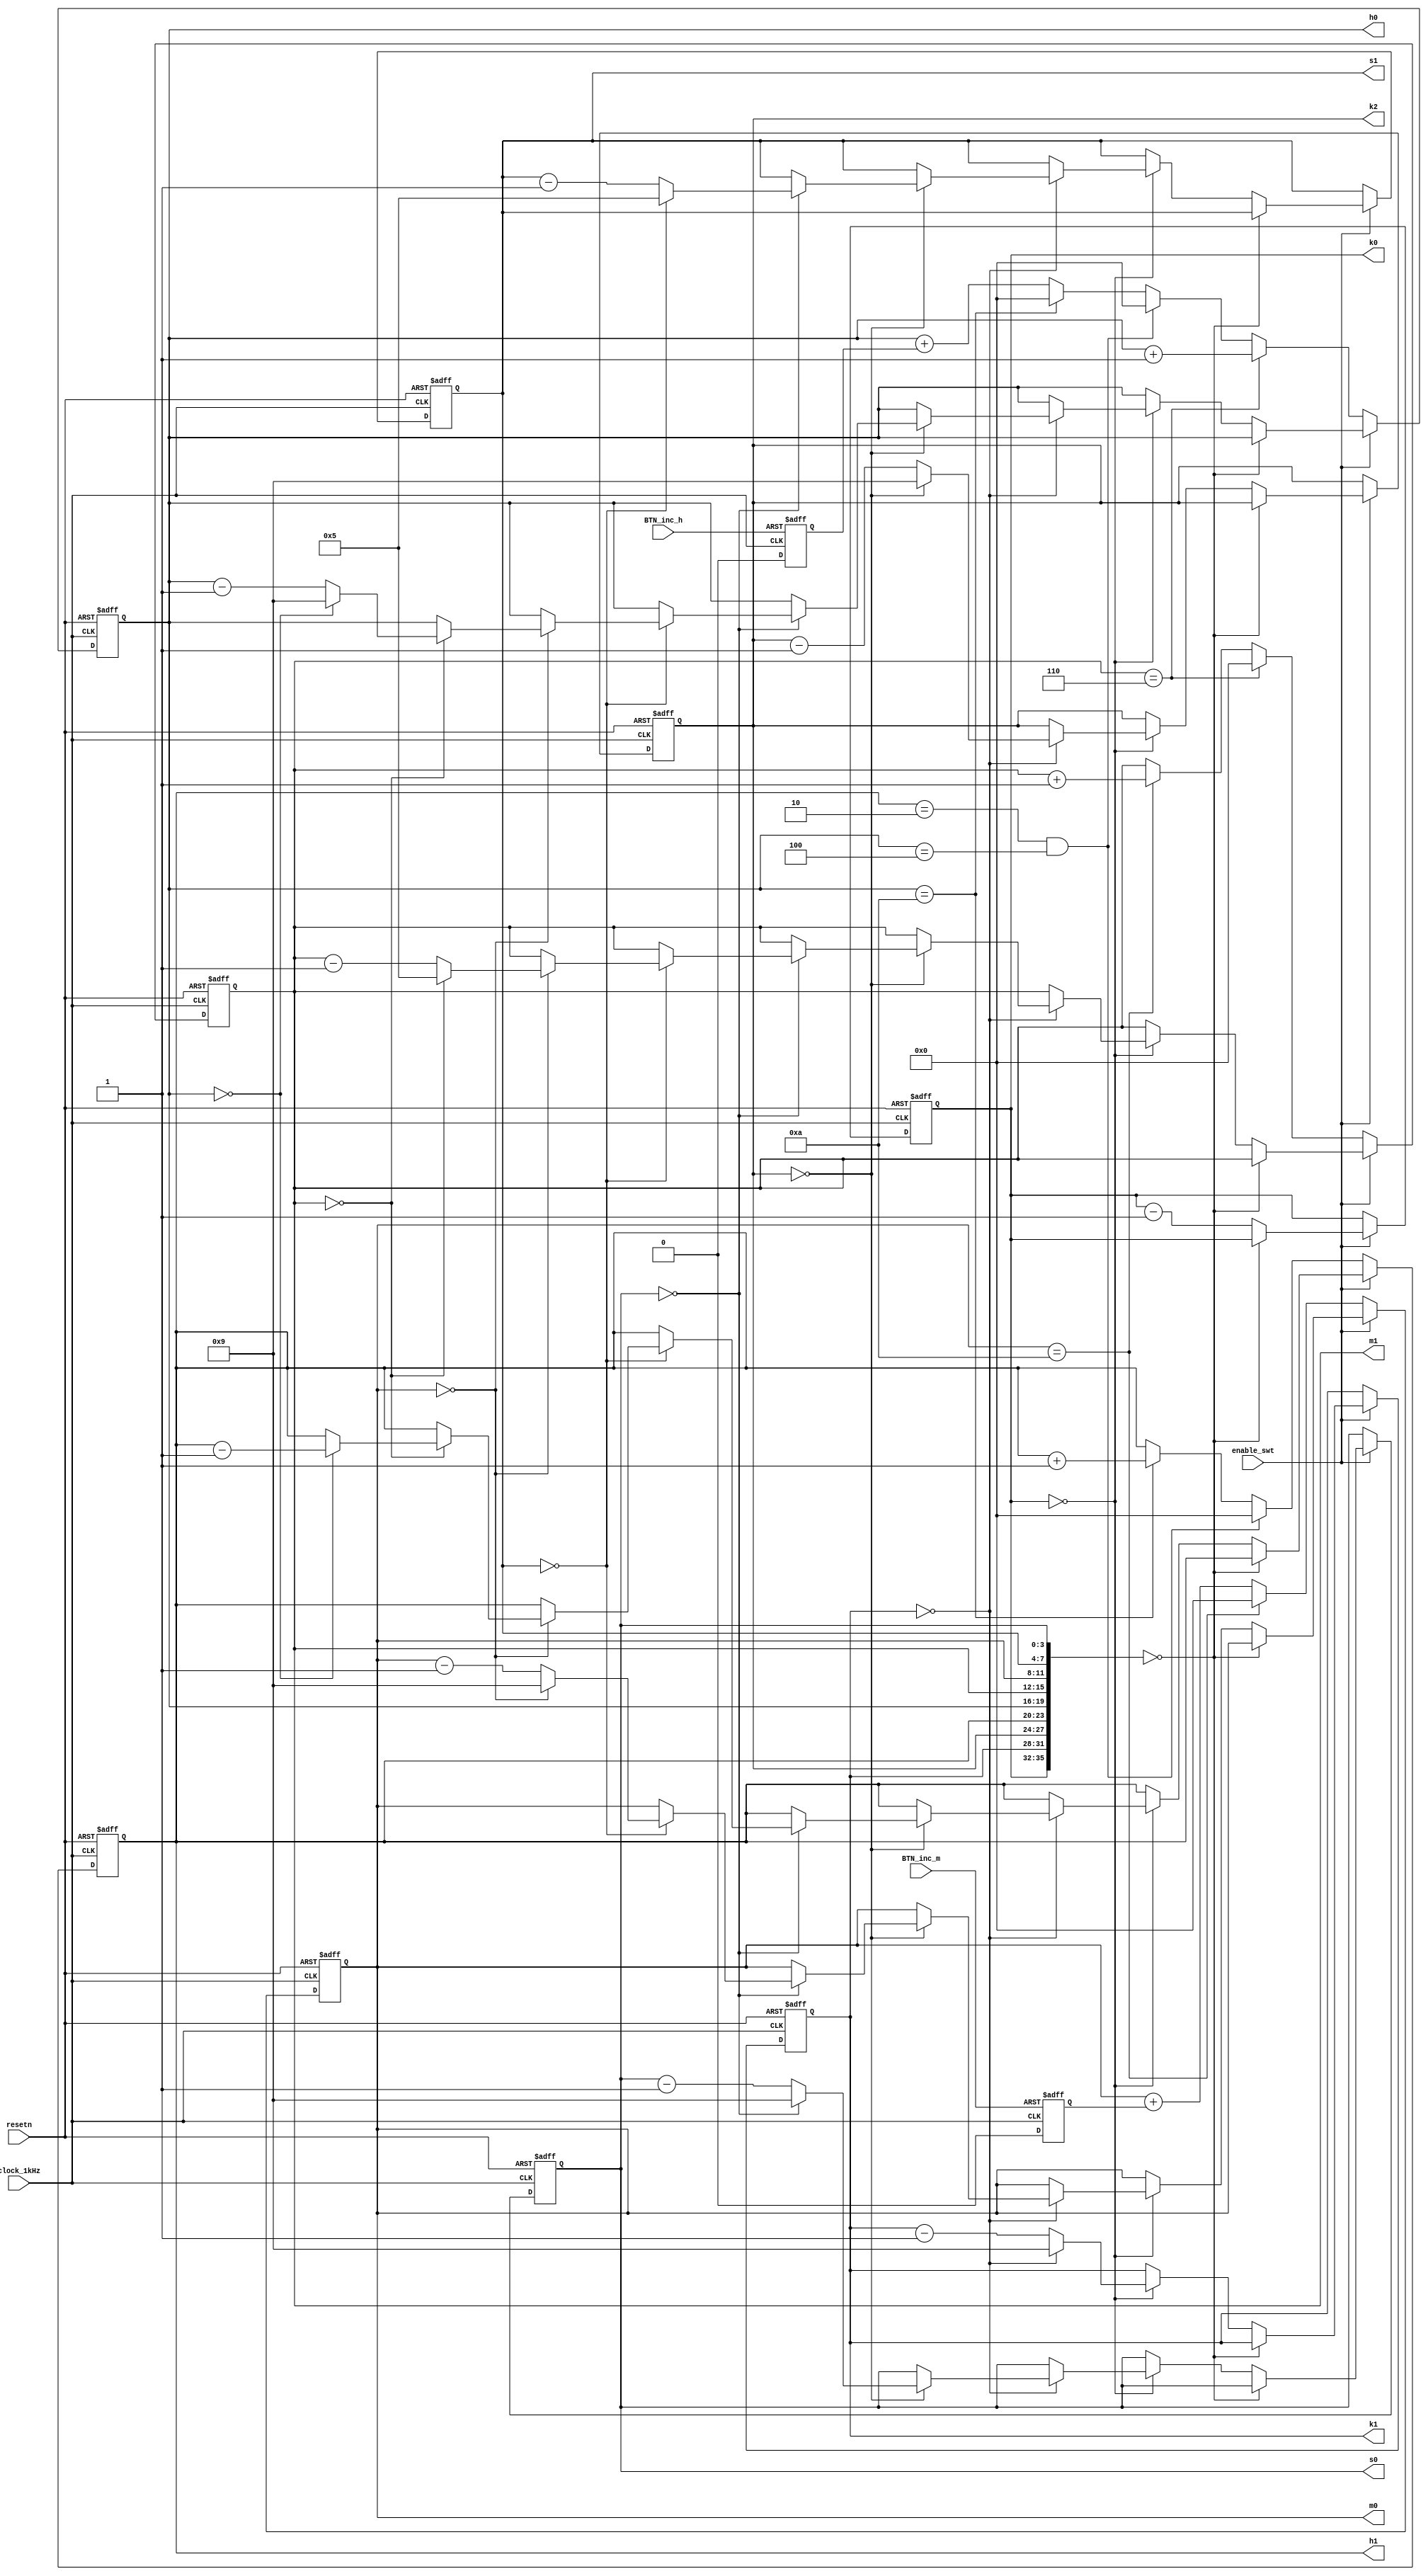
`timescale 1ns / 1ps
//////////////////////////////////////////////////////////////////////////////////
// Company: 
// Engineer: 
// 
// Design Name: 
// Module Name: timer
// Project Name: 
// Target Devices: 
// Tool Versions: 
// Description: 
// 
// Dependencies: 
// 
// Revision:
// Revision 0.01 - File Created
// Additional Comments:
// 
//////////////////////////////////////////////////////////////////////////////////


module timer(
    input enable_swt,
    input clock_1kHz,
    input resetn,
    
    input BTN_inc_h,
    input BTN_inc_m,
    
    output reg [3:0] s0,
    output reg [3:0] s1,
    output reg [3:0] m0,
    output reg [3:0] m1,
    output reg [3:0] h0,
    output reg [3:0] h1,
    output reg [3:0] k2,
    output reg [3:0] k1,
    output reg [3:0] k0
    );
    
    parameter FIVE = 4'b0110;
    parameter NINE = 4'b1010;
    parameter TWO = 4'b0011;
    parameter ONE = 4'b0010;
    parameter FOUR = 4'b0101;
    
    reg inc_h, inc_m;
    
    initial begin
        s1 = 0; s0 = 0;
        m1 = 0; m0 = 0;
        h1 = 0 ; h0 = 0;
    end
    
    always@(posedge BTN_inc_h or posedge clock_1kHz)begin
        if(BTN_inc_h)begin
            inc_h <= 1;
        end else begin
            inc_h <= 0;
        end
    end
    
    always@(posedge BTN_inc_m or posedge clock_1kHz)begin
        if(BTN_inc_m)begin
            inc_m <= 1;
        end else begin
            inc_m <= 0;
        end
    end
    
    
    always @ (posedge clock_1kHz or negedge resetn)begin
        if(!resetn) begin
            s1 <= 0; s0 <= 0;
            m1 <= 0; m0 <= 0;
            h1 <= 0; h0 <= 0;
            k0 <= 0; k1 <= 0; k2 <= 0;
        end else if(!enable_swt)begin
            h0 <= h0 + inc_h;
            if(h0 == NINE)begin
                h0 <= 0;
                h1 <= h1 + 1;
            end
            if(h1 == ONE && h0 == 4'b0100)begin
                h1 <= 0;
                h0 <= 0;
            end
            
            m0 <= m0 + inc_m;
            if(m0 == NINE)begin
                m0 <= 0;
                m1 <= m1 + 1;
            end
            if(m1 == FIVE)begin
                m1 <= 0;
                h0 <= h0 + 1;
            end
        end else if(enable_swt) begin
            if({k0, k1, k2, h1, h0, m1, m0, s1, s0} == 0) begin
                k0 <= k0;
            end else begin
                if(!k0)begin
                    k0 <= 4'b1001;
                    k1 <= k1 - 1;
                    if(!k1)begin
                        k1 <= 4'b1001;
                        k2 <= k2 - 1;
                        if(!k2)begin
                            k2 <= 4'b1001;
                            s0 <= s0 - 1;
                            if(!s0)begin
                                s0 <= 4'b1001;
                                s1 <= s1 - 1;
                                if(!s1)begin
                                    s1 <= 4'b0101;
                                    m0 <= m0 - 1;
                                    if(!m0)begin
                                        m0 <= 4'b1001;
                                        m1 <= m1 - 1;
                                        if(!m1)begin
                                            m1 <= 4'b0101;
                                            h0 <= h0 - 1;
                                            if(!h0)begin
                                                h0 <= 4'b1001;
                                                h1 <= h1 - 1;
                                                if(!h1)begin
                                                    h1 <= 4'b1001;
                                                    h1 <= h1 - 1;
                                                end
                                            end
                                        end
                                    end
                                end
                            end
                        end
                    end
                end
                k0 <= k0 - 1;
            end
        end
    end
    
endmodule